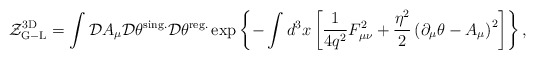
\begin{align*}{\cal Z}_{\rm G-L}^{\rm 3D}=\int {\cal D}A_\mu {\cal D}\theta^{\rm sing.}{\cal D}\theta^{\rm reg.}\exp\left\{-\int d^3x\left[\frac{1}{4q^2}F_{\mu\nu}^2+\frac{\eta^2}{2}\left(\partial_\mu\theta-A_\mu\right)^2\right]\right\},\end{align*}